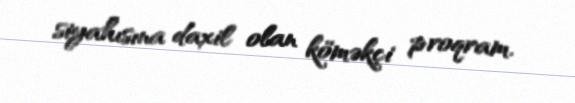
siyahısına daxil olan köməkçi proqram.